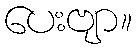
ပေးဗျာ။